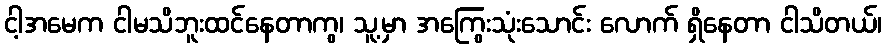
ငါ့အမေက ငါမသိဘူးထင်နေတာကွ၊ သူ့မှာ အကြွေးသုံးသောင်း လောက် ရှိနေတာ ငါသိတယ်၊